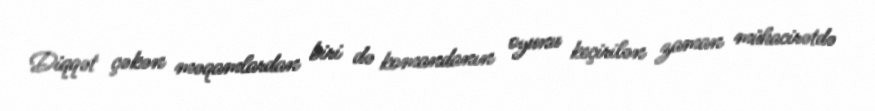
Diqqət çəkən məqamlardan biri də komandanın oyunu keçirilən zaman mühacirətdə